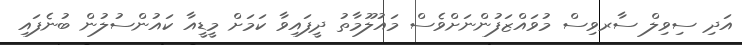
އަދި ސިވިލް ސާރވިސް މުވައްޒަފުންނަށްވެސް މައުލޫމާތު ދީފައިވާ ކަމަށް މީޑީއާ ކައުންސުލުން ބުނެފައި